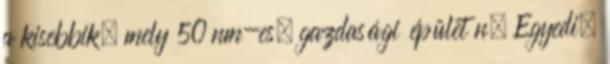
a kisebbik, mely 50 nm-es, gazdasági épület n. Egyedi,